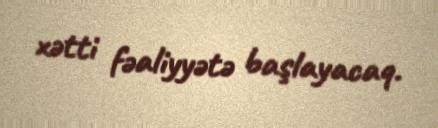
xətti fəaliyyətə başlayacaq.